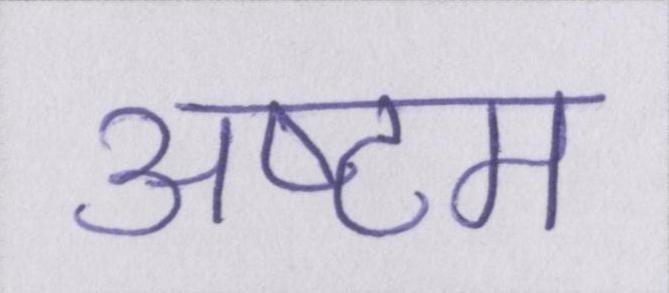
अष्टम